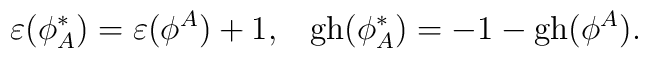
\varepsilon(\phi_{A}^*)=\varepsilon(\phi^A)+1,\;\;\; {\rm gh}(\phi_{A}^*)=-1-{\rm gh}(\phi^A).